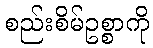
စည်းစိမ်ဥစ္စာကို